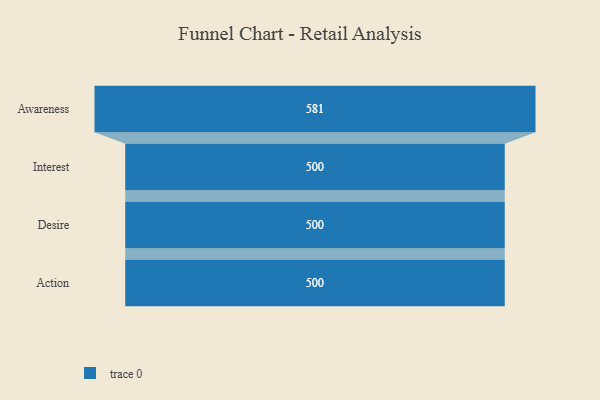
{"axis": {"x": "Stage", "y": "Value"}, "legend": [""], "data": [{"x": "Awareness", "y": 581.0, "type": ""}, {"x": "Interest", "y": 500, "type": ""}, {"x": "Desire", "y": 500, "type": ""}, {"x": "Action", "y": 500, "type": ""}]}